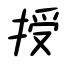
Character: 授